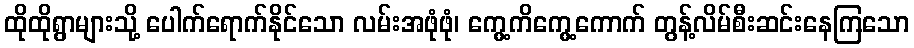
ထိုထိုရွာများသို့ ပေါက်ရောက်နိုင်သော လမ်းအဖုံဖုံ၊ ကွေ့ကိကွေ့ကောက် တွန့်လိမ်စီးဆင်းနေကြသော